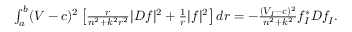
\begin{array} { r } { \int _ { a } ^ { b } ( V - c ) ^ { 2 } \left[ \frac { r } { n ^ { 2 } + k ^ { 2 } r ^ { 2 } } | D f | ^ { 2 } + \frac { 1 } { r } | f | ^ { 2 } \right] d r = - \frac { ( V _ { I } - c ) ^ { 2 } } { n ^ { 2 } + k ^ { 2 } } f _ { I } ^ { * } D f _ { I } . } \end{array}